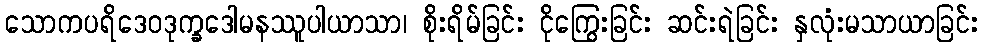
သောကပရိဒေဝဒုက္ခဒေါမနဿူပါယာသာ၊ စိုးရိမ်ခြင်း ငိုကြွေးခြင်း ဆင်းရဲခြင်း နှလုံးမသာယာခြင်း